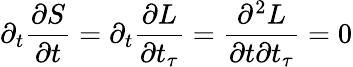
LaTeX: \partial_{t}\frac{\partial S}{\partial t}=\partial_{t}\frac{\partial L}{\partial t_{\tau}}=\frac{\partial^{2}L}{\partial t\partial t_{\tau}}=0